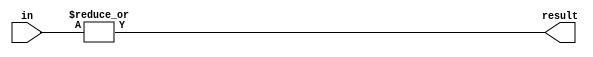
module DO_OR (input wire [31:0] in,output wire result);
	assign result = |in;
endmodule